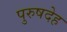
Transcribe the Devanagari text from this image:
पुरुषदेह